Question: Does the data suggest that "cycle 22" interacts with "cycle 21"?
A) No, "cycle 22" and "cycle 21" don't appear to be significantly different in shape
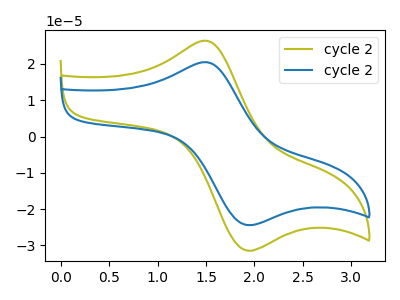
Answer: <think>The olive curve "cycle 21" has an anodic peak at (1.50V, 26.45uA) and a cathodic peak at (1.90V, -31.20uA). The blue curve "cycle 22" has an anodic peak at (1.50V, 20.50uA) and a cathodic peak at (1.90V, -24.25uA).
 All the peaks in "cycle 22" have a peak in "cycle 21" at the same potential. Every peak in "cycle 22" is lower than every peak in "cycle 21".</think>
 <answer>A) No, "cycle 22" and "cycle 21" don't appear to be significantly different in shape</answer>
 <eval>A</eval>